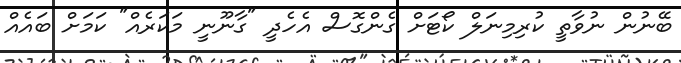
ބޭނުން ނުވާތީ ކުރިމިނަލް ކޯޓަށް ގެންގޮސް އެހެދީ "ގާނޫނީ މަކަރެއް" ކަމަށް ބައެއް